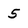
Character: 5